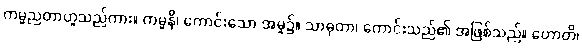
ကမ္မညတာဟူသည်ကား။ ကမ္မနိ၊ ကောင်းသော အမူ၌။ သာဓုတာ၊ ကောင်းသည်၏ အဖြစ်သည်။ ဟောတိ၊